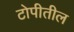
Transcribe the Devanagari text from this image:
टोपीतील